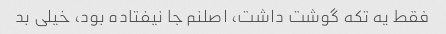
فقط یه تکه گوشت داشت، اصلنم جا نیفتاده بود، خیلی بد